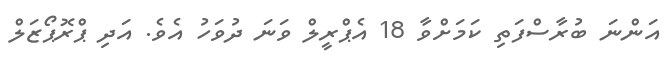
އަންނަ ބުރާސްފަތި ކަމަށްވާ 18 އެޕްރީލް ވަނަ ދުވަހު އެވެ. އަދި ޕްރޮޕޯޒަލް